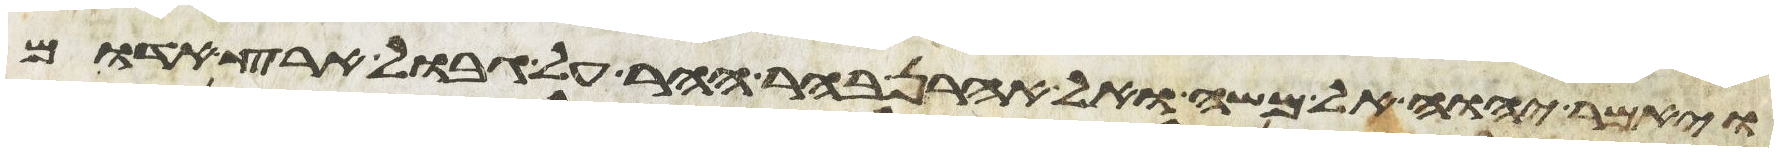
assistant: ויאמר יהוה אל משה ואל אהרן בהר ההר על גבול ארץ אדום